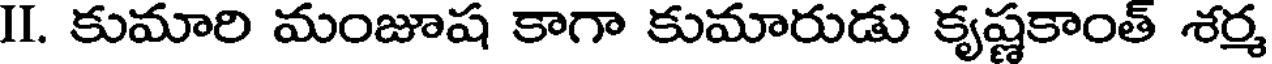
II. కుమారి మంజూష కాగా కుమారుడు కృష్ణకాంత్ శర్మ